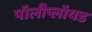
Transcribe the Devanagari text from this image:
पॉलीप्लॉयड